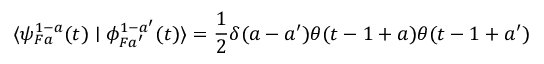
\langle \psi _ { F a } ^ { 1 - a } ( t ) \mid \phi _ { F a ^ { \prime } } ^ { 1 - a ^ { \prime } } ( t ) \rangle = \frac { 1 } { 2 } \delta ( a - a ^ { \prime } ) \theta ( t - 1 + a ) \theta ( t - 1 + a ^ { \prime } )